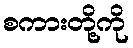
စကားတို့ကို